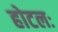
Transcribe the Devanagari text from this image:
होटलः